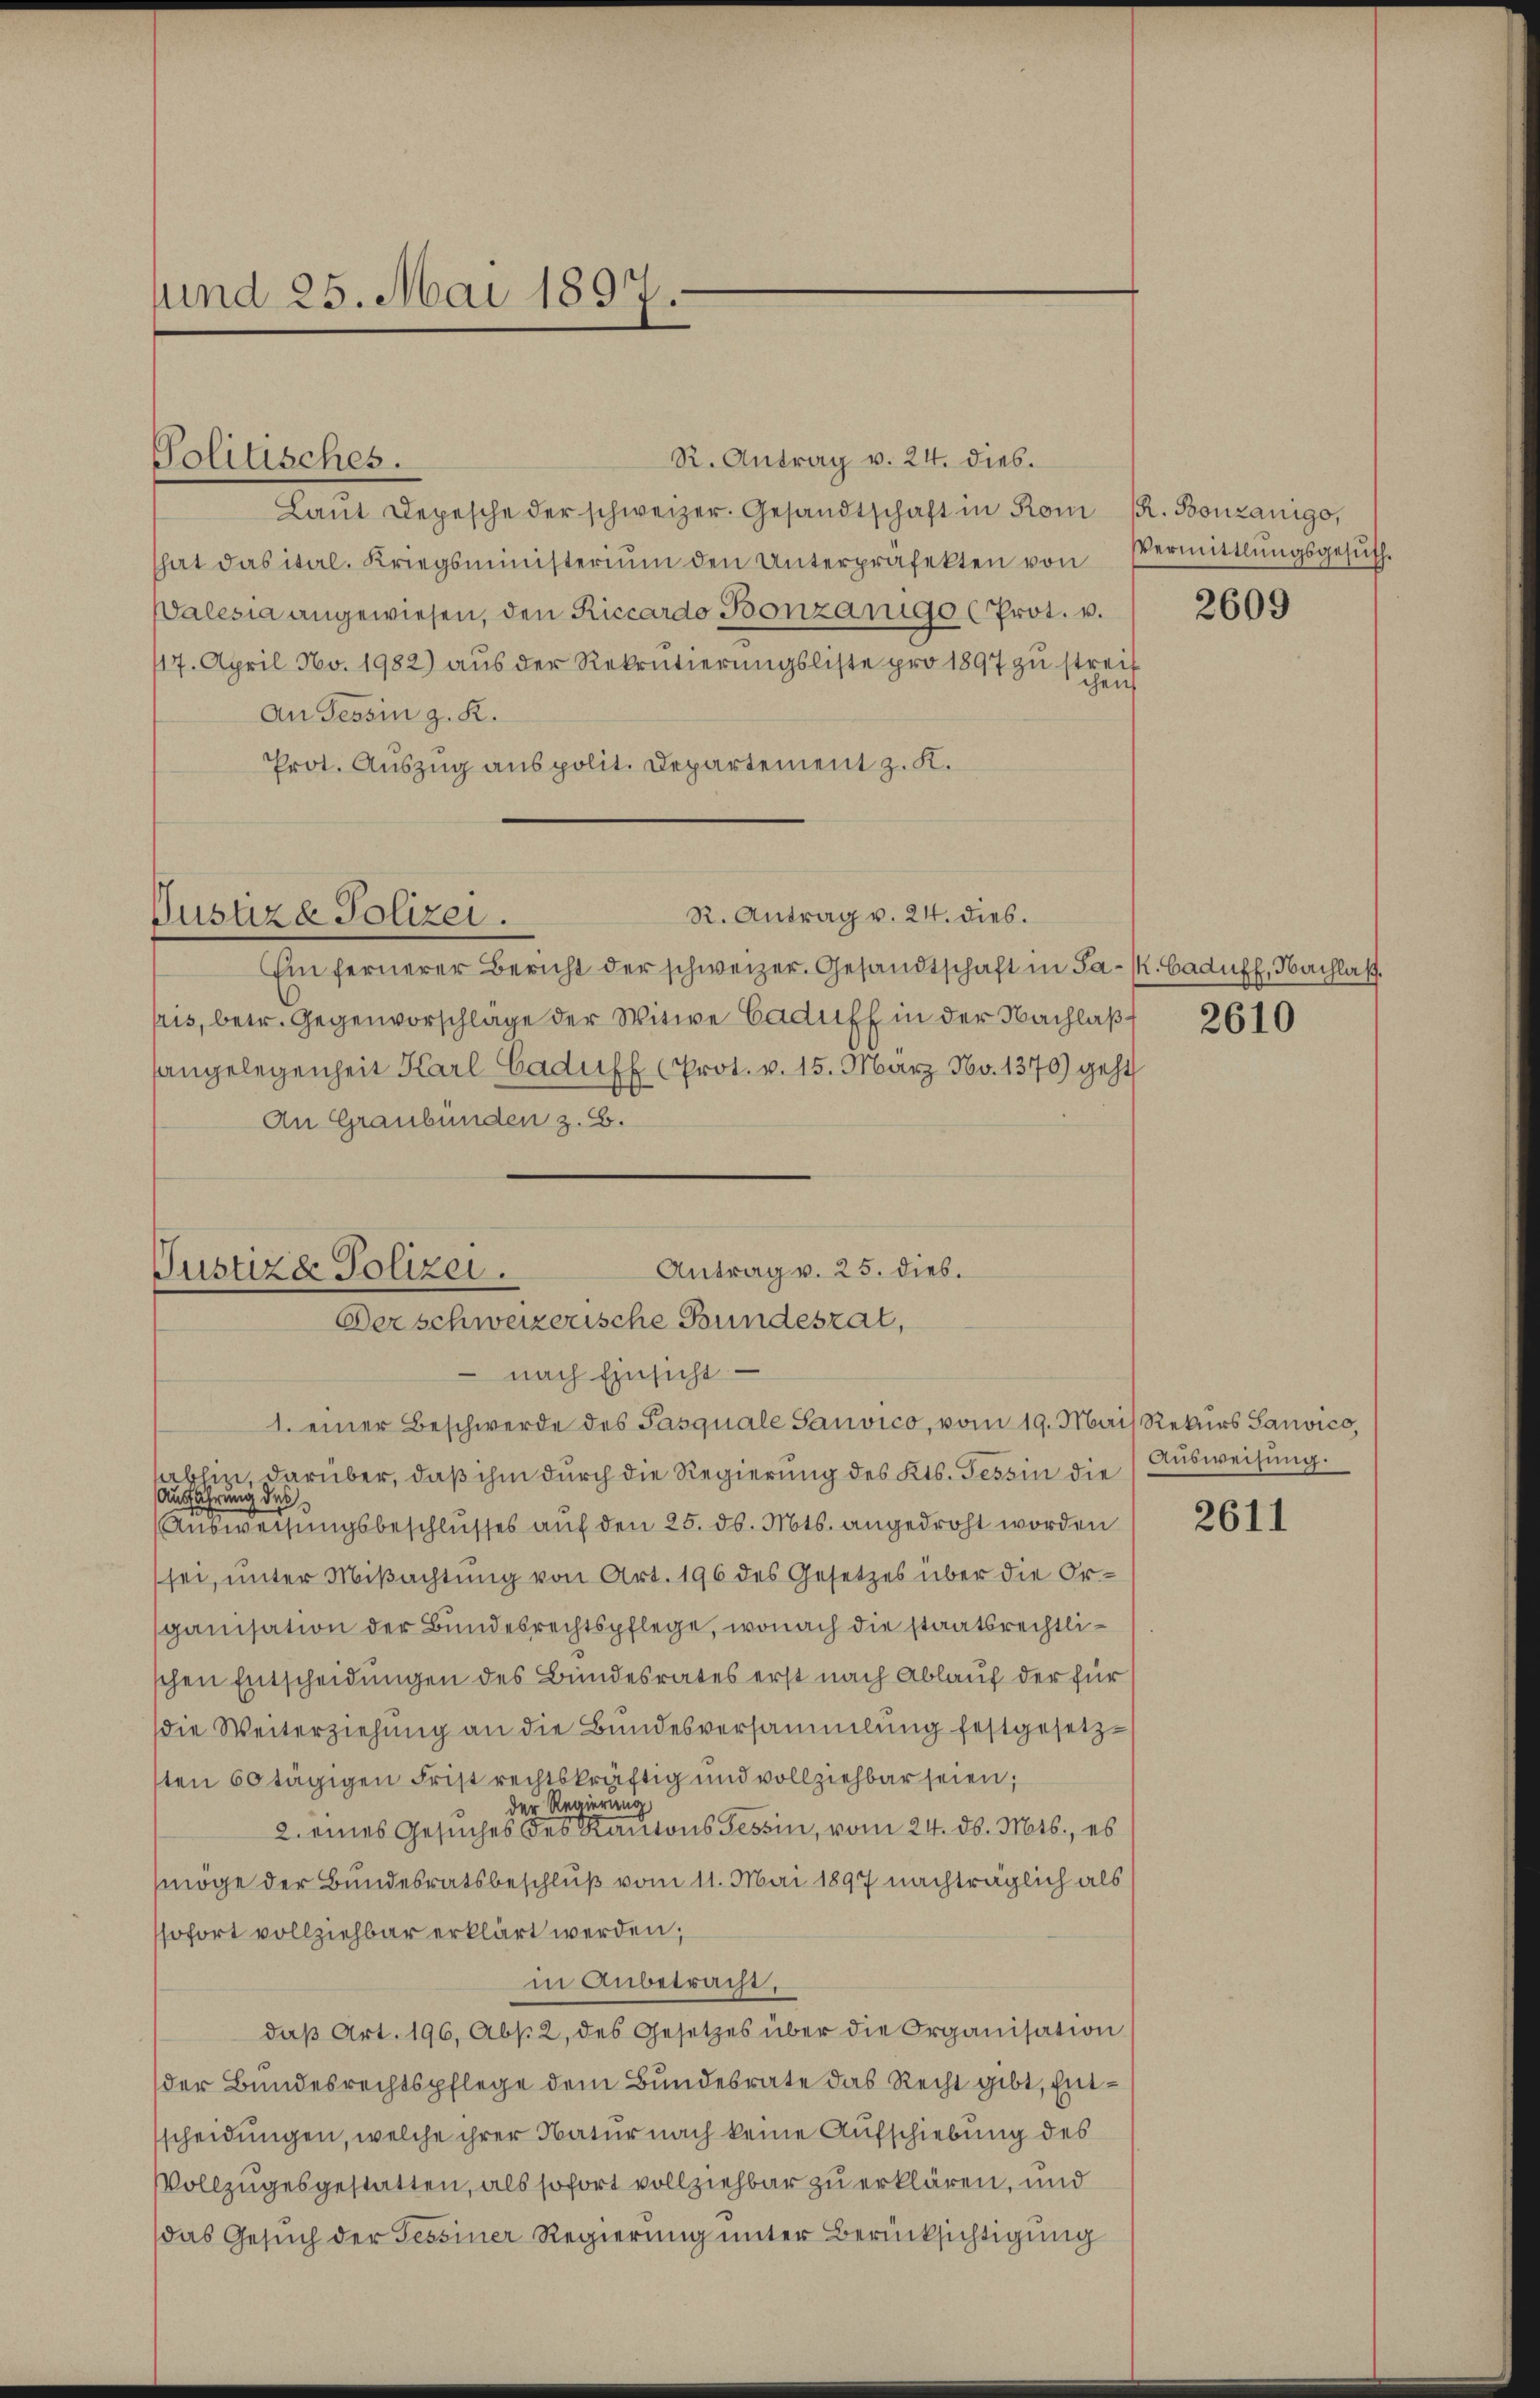
und 25. Mai 1897.
—

Politisches.

R. Antrag v. 24. dies.
Laŭt Depesche der schweizer. Gesandtschaft in Romi R. Bonzanigo,
hat das ital. Kriegsministerium den Unterpräfekten von Vermittlungsgesŭch.
Valesia angewiesen, den Riccardo Bonzange (Prot. v.
117. April No. 1982 aŭs der Rekrutierŭngsliste pro 1897 zu streif
An Tessin z. R.
Prot. Auszug aus polit. Departement z. K.

Justiza Polizei.

Antrag v. 25. dieb.
Justizd Polizei.
Derschweizerische Bundeszal,

R. Antrag v. 24. dies.
Ein fernerer Bericht der schweizer. Gesandtschaft in Jak. Caduff, Nachlaß.
pris, betr. Gegenvorschlage der Witwe Caduff in der Nachlaß
sangelegenheit Karl Caduff (Prot. v. 15. März No. 1370) geht
An Graubünden z. B.
nach Einsicht
1. einer Beschwerde des Pasquale Sauvico, vom 19. Mai Rekurs Sanvico,
ablin, darüber, daß ihm durch die Regierung des Kts. Tessin die
Ausführung des
Ausweisungsbeschlusses auf den 25. ds. Mts. angedroht worden
sei, unter Mißachtung von Art. 196 des Gesetzes über die Or-
ganisation der Bundesrechtspflege, wonach die staatsrechtlischen Entscheidungen des Bundesrates erst nach Ablauf der für
die Weiterziehung an die Bundesversammlung festgesetzsten 60 tägigen Frist rechtskräftig und vollziehbar seien;
der Regierung
2. eines Gesuches des Kantons Tessin, vom 24. d. Mts., es
möge der Bundesratsbeschluß vom 11. Mai 1897 nachträglich als
sofort vollziehbar erklärt werden;
in Anbetracht,
daβ Art. 196, Abs. 2, des Gesetzes über die Organisation
der Bundesrechtspflege dem Bundesrate das Recht gibt, Entsscheidungen, welche ihrer Natur nach keine Aufschiebung des
Vollzugesgestatten, als sofort vollziehbar zu erklären, und
das Gesuch der Tessiner Regierung unter Berücksichtigung

chen

2609

2610

Ausweisung.

2611